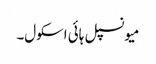
میونسپل ہائی اسکول۔